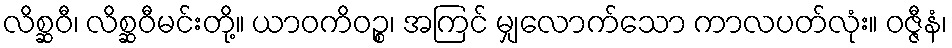
လိစ္ဆဝီ၊ လိစ္ဆဝီမင်းတို့။ ယာဝကိဝဉ္စ၊ အကြင် မျှလောက်သော ကာလပတ်လုံး။ ဝဇ္ဇီနံ၊